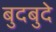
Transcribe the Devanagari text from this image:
बुदबुदे